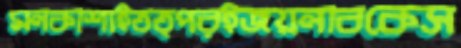
মনকাশাইতত্পরইজয়নাবকেস